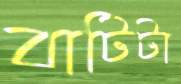
বাটিটা